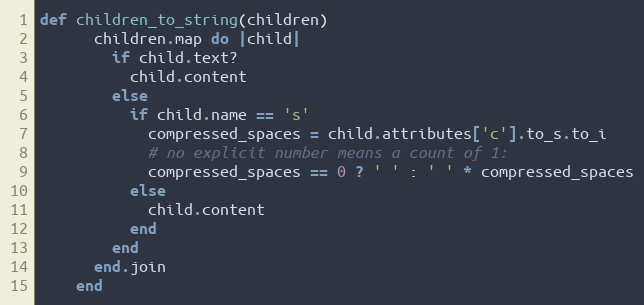
Language: Ruby
def children_to_string(children)
      children.map do |child|
        if child.text?
          child.content
        else
          if child.name == 's'
            compressed_spaces = child.attributes['c'].to_s.to_i
            # no explicit number means a count of 1:
            compressed_spaces == 0 ? ' ' : ' ' * compressed_spaces
          else
            child.content
          end
        end
      end.join
    end